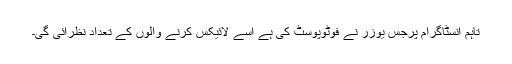
تاہم انسٹاگرام پرجس یوزر نے فوٹوپوسٹ کی ہے اسے لائیکس کرنے والوں کے تعداد نظرآئی گی۔